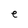
Character: e